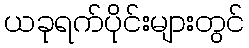
ယခုရက်ပိုင်းများတွင်